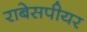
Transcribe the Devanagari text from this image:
राबेसपीयर